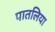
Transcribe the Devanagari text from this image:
पातलिया